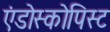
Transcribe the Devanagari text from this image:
एंडोस्कोपिस्ट